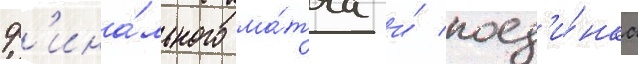
ф'ина́льного ма́тча и́ поед'и́нка